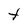
Character: t